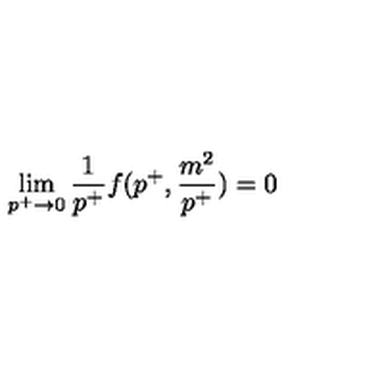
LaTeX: \lim _ { p ^ { + } \to 0 } { \frac { 1 } { p ^ { + } } } f ( p ^ { + } , { \frac { m ^ { 2 } } { p ^ { + } } } ) = 0